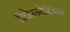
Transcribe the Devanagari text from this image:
रिप्रेस्न्टेटिव्स